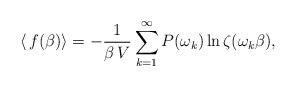
\begin{align*}\langle\,f(\beta)\rangle=-\frac{1}{\beta\,V}\sum_{k=1}^{\infty}P(\omega_{k})\ln\zeta(\omega_{k}\beta),\end{align*}